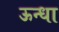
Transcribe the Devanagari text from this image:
ऊन्धा